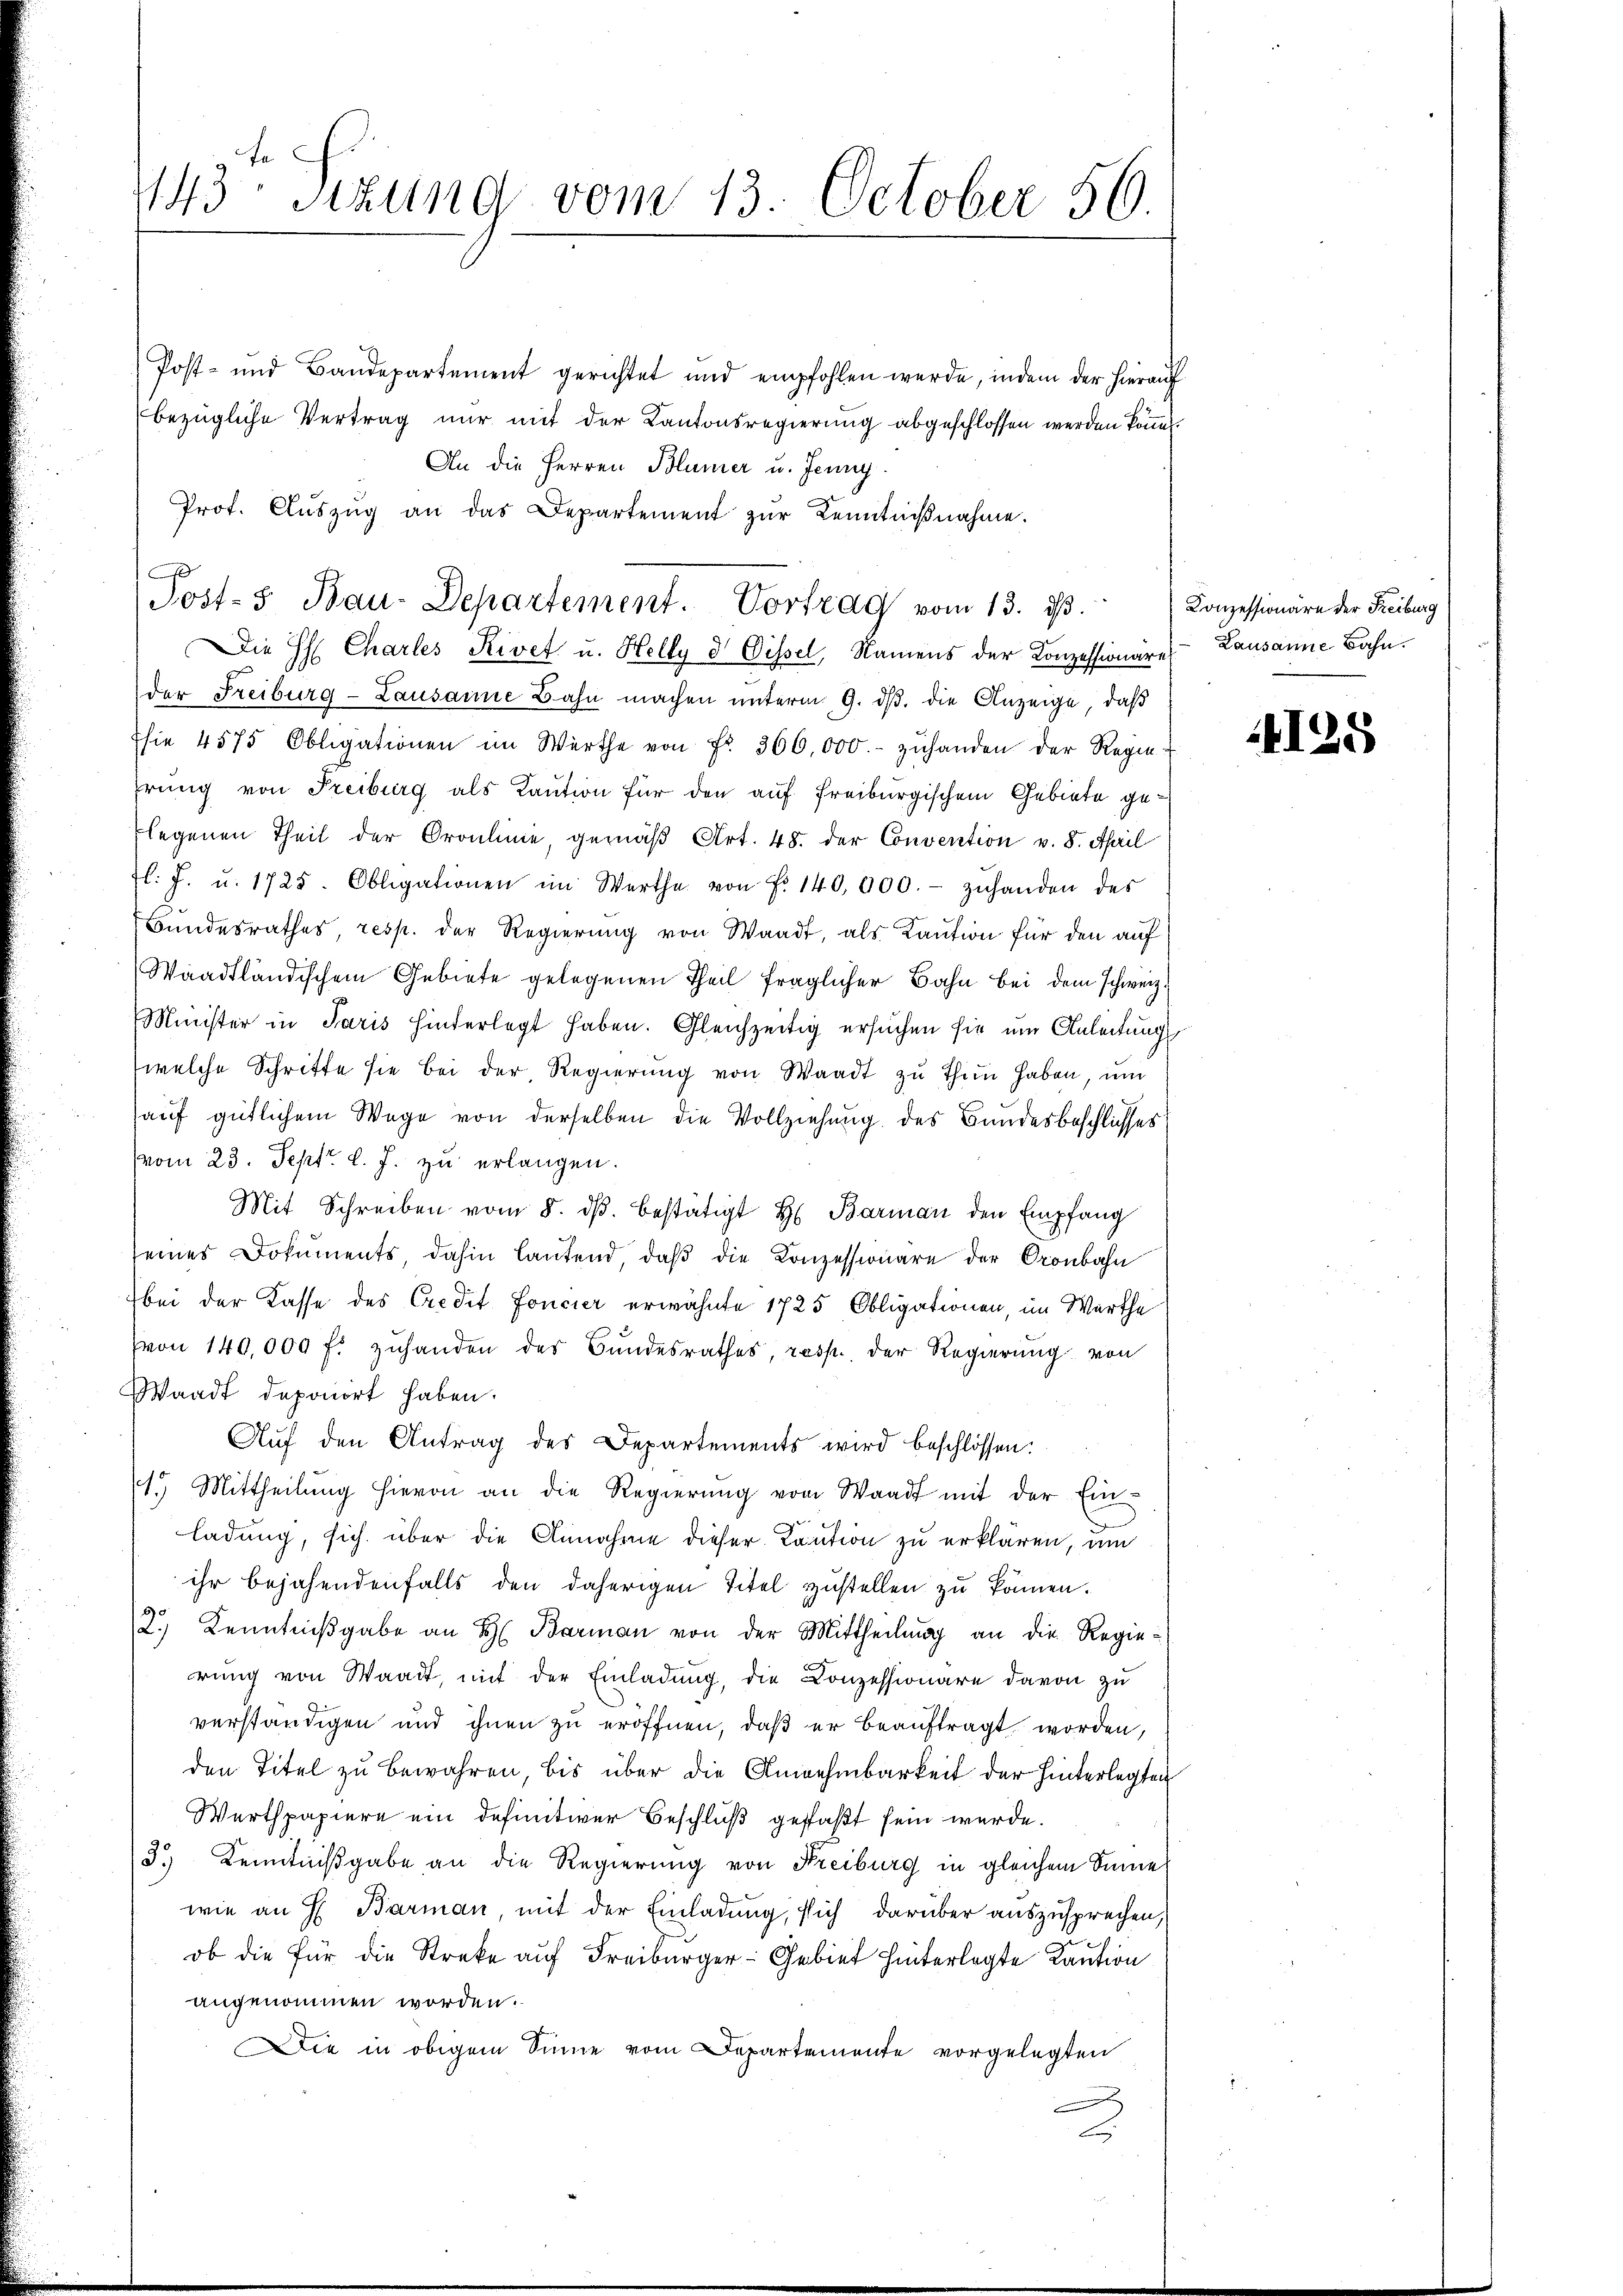
143te Sizung vom 13. October 56.

Post- und Bandepartement gerichtet und empfohlen werde, indem der hierauf
bezügliche Vertrag nur mit der Kantonsregierung abgeschlossen werden könne.
An die Herren Blümer u. Jenny
Prof. Aŭszŭg an das Departement zŭr Kenntniβnahme.
e
Die H. Charles Rivet u. Helly d Dissel, Namens der Konzessionäres Lausanne Bahn.
der Freiburg-Lausanne Bahn machen unterm 9. dβ. die Anzeige, daß
Esie 4575 Obligationen im Werthe von Fr. 366,000.- zŭhanden der Regie
prung von Freiburg als Kaution für den auf freiburgischem Gebiete geflegenen Theil der Oraulinie, gemäß Art. 48. der Convention v. 8. April
l. J. u. 1725. Obligationen im Werthe von Fr. 140,000.- zŭhanden des
Bŭndesrathes, resp. der Regierŭng von Waadt, als Kaution für den auf
Waadtländischem Gebiete gelegenen Theil fraglicher Bahn bei dem schweiz.
Minister in Paris hinterlegt haben. Gleichzeitig ersŭchen sie um Anleitung
welche Schritte sie bei der Regierung von Waadt zu thun haben, und
auf gütlichem Wege von derselben die Vollziehung des Bundesbeschlusses
vom 23. Sept. l. J. zu erlangen.
Mit Schreiben vom 8. ds. bestätigt H. Barman den Empfang
seines Dokuments dahin lautend, daβ die Konzessionäre der Oronbahn
bei der Kasse des Credit foncier erwähnte 1725 Obligationen, im Werthe
(von 140,000 f: zuhanden des Bundesrathes resp. der Regierung von
Waadt deponirt haben.
Auf den Antrag des Departements wird beschlossen:
11. Mittheilŭng hievon an die Regierŭng von Waadt mit der Ein-
ladung, sich über die Annahme dieser Kaution zu erklären, um
ihr bejahendenfalls den daherigen Titel zustellen zu können.
2.) Kenntnißgabe an H. Barman von der Mittheilung an die Regierŭng von Waadt, mit der Einladung, die Conzessionäre davon zu
verständigen und ihnen zu eröffnen, daß er beauftragt worden,
den Titel zu bewahren, bis über die Annehmbarkeit der hinterlegten
Werthpapiere ein definitiver Beschluß gefaßt sein werde.
3. Kenntnißgabe an die Regierung von Freiburg in gleichem Sinne
wie an H. Barman mit der Einladung, sich darüber auszusprechen,
ob die für die Streke auf Freiburger-Gebiet hinterlegte Kaution
angenommen worden.
Die in obigem Sinne vom Departemente vorgelegten
3

Jost-3 Bau-Departement. Vortrag vom 13. d.

Conzessionäre der Freiburg

4125